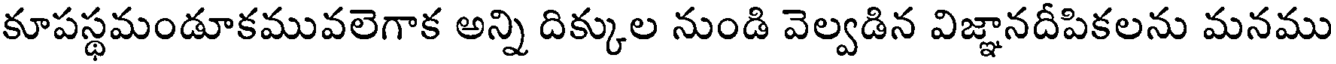
కూపస్థమండూకమువలెగాక అన్ని దిక్కుల నుండి వెల్వడిన విజ్ఞానదీపికలను మనము